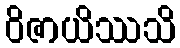
ဝိဇာယိဿသိ